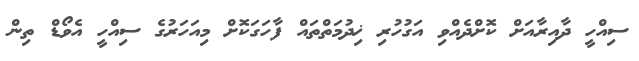
ސިއްހީ ދާއިރާއަށް ކޮށްދެއްވި އަގުހުރި ޚިދުމަތްތައް ފާހަގަކޮށް މިއަހަރުގެ ސިއްހީ އެވޯޑް ތިން